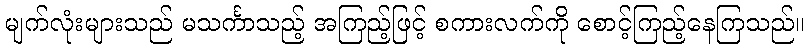
မျက်လုံးများသည် မသင်္ကာသည့် အကြည့်ဖြင့် စကားလက်ကို စောင့်ကြည့်နေကြသည်။